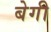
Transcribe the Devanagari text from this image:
बेगी